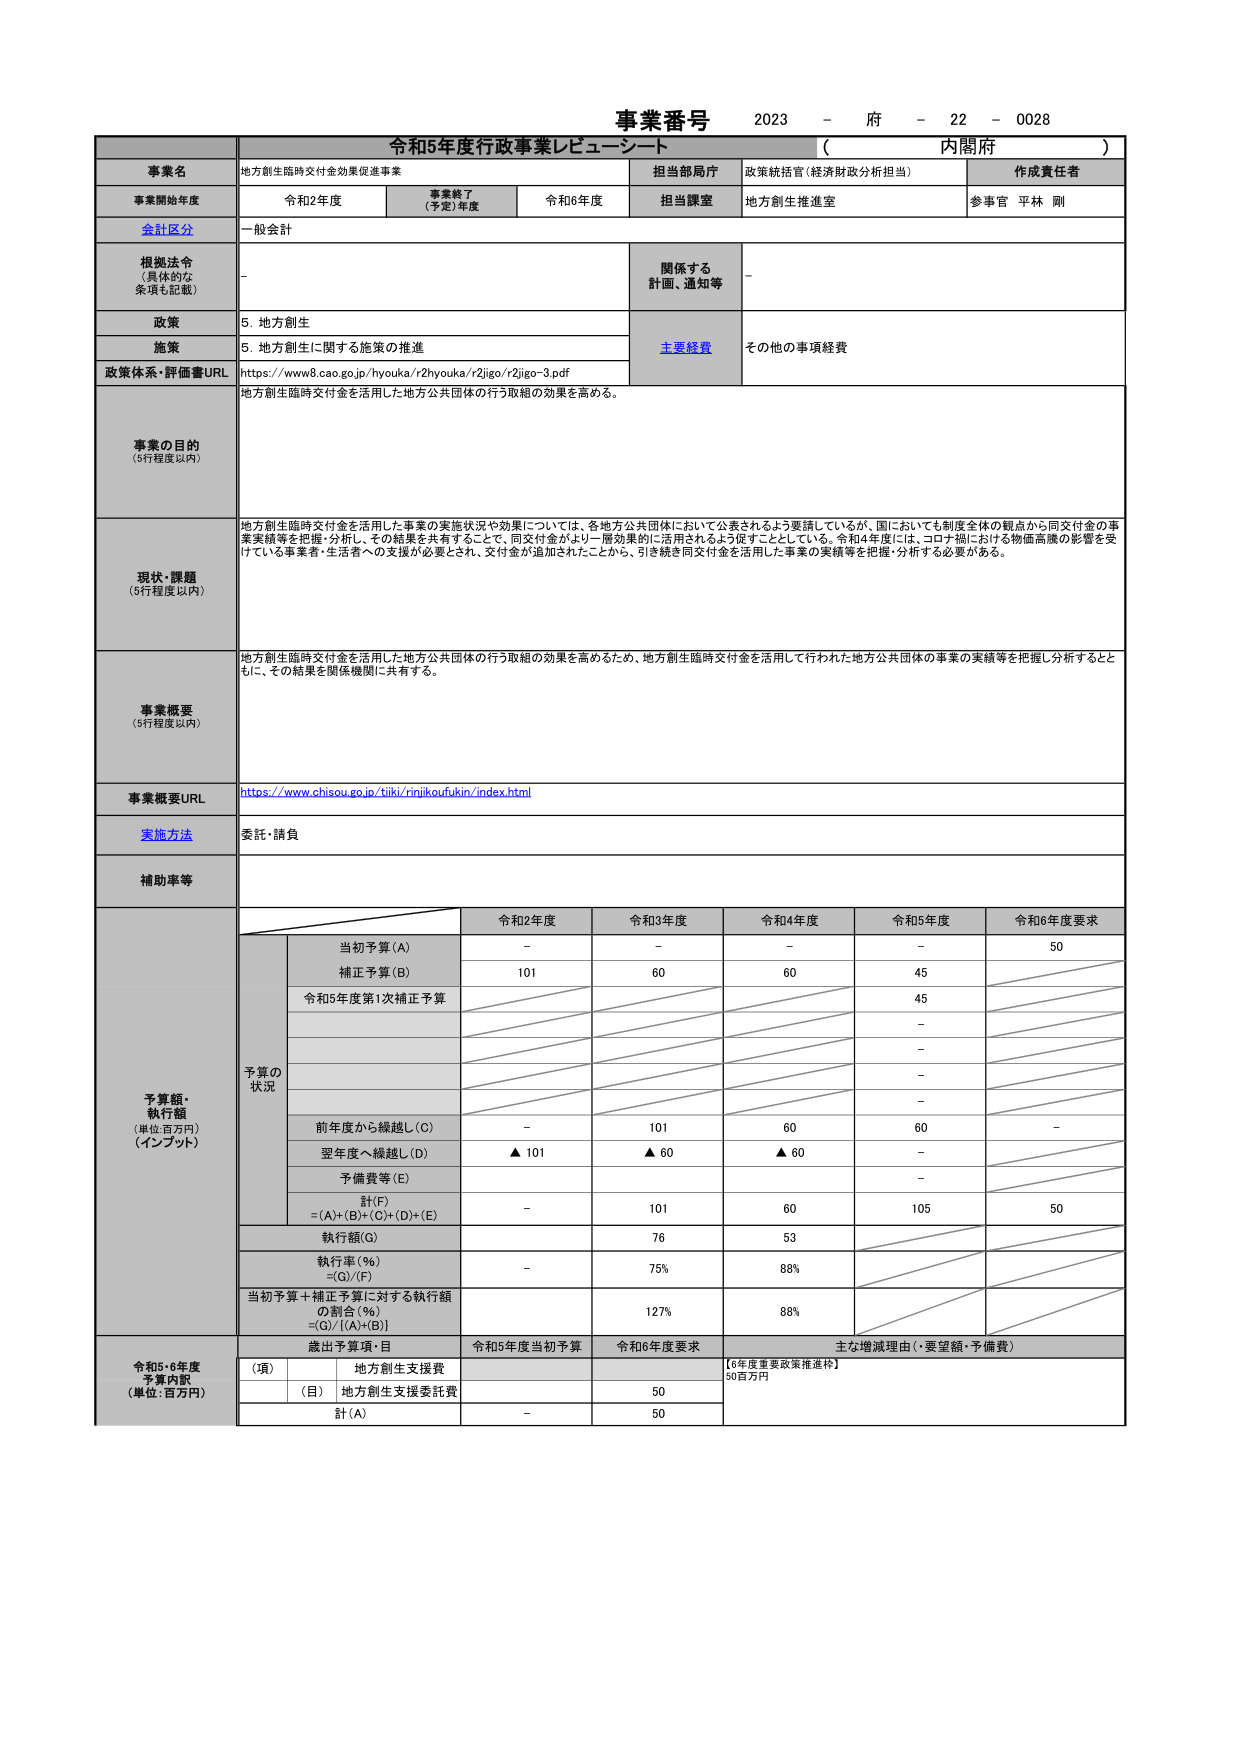
事業番号 2023 - 府 - 22 - 0028
令和5年度行政事業レビューシート （ 内閣府 ）

事業名 地方創生臨時交付金効果促進事業
担当部局庁 政策統括官（経済財政分析担当）
作成責任者

事業開始年度 令和2年度 事業終了（予定）年度 令和6年度 担当課室 地方創生推進室 参事官 平林 剛

会計区分 一般会計

根拠法令 （具体的な条項も記載） - 関係する計画、通知等 -

政策 5. 地方創生
施策 5. 地方創生に関する施策の推進
主要経費 その他の事項経費

政策体系・評価書URL https://www8.cao.go.jp/hyouka/r2hyouka/r2jigo/r2jigo-3.pdf

事業の目的 （5行程度以内） 地方創生臨時交付金を活用した地方公共団体の行う取組の効果を高める。

現状・課題 （5行程度以内） 地方創生臨時交付金を活用した事業の実施状況や効果については、各地方公共団体において公表されるよう要請しているが、国においても制度全体の観点から同交付金の事業実績等を把握・分析し、その結果を共有することで、同交付金がより一層効果的に活用されるよう促すこととしている。令和4年度には、コロナ禍における物価高騰の影響を受けている事業者・生活者への支援が必要とされ、交付金が追加されたことから、引き続き同交付金を活用した事業の実績等を把握・分析する必要がある。

事業概要 （5行程度以内） 地方創生臨時交付金を活用した地方公共団体の行う取組の効果を高めるため、地方創生臨時交付金を活用して行われた地方公共団体の事業の実績等を把握し分析するとともに、その結果を関係機関に共有する。

事業概要URL https://www.chisou.go.jp/tiiki/rinikoufukin/index.html

実施方法 委託・請負

補助率等

予算額・執行額 （単位:百万円） （インプット）
予算の状況
令和2年度 令和3年度 令和4年度 令和5年度 令和6年度要求
当初予算(A) - - - - 50
補正予算(B) 101 60 60 45
令和5年度第1次補正予算 45
-
-
-
-
前年度から繰越し(C) - 101 60 60 -
翌年度へ繰越し(D) ▲ 101 ▲ 60 ▲ 60 -
予備費等(E) -
計(F) =(A)+(B)+(C)+(D)+(E) - 101 60 105 50
執行額(G) 76 53
執行率(%) =(G)/(F) - 75% 88%
当初予算＋補正予算に対する執行額の割合(%) =(G)/[(A)+(B)] 127% 88%

令和5・6年度予算内訳 （単位:百万円）
歳出予算項・目 令和5年度当初予算 令和6年度要求 主な増減理由（・要望額・予備費）
（項） 地方創生支援費 【6年度重要政策推進枠】 50百万円
（目） 地方創生支援委託費 50
計(A) - 50